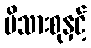
မိသားစုနှင့်